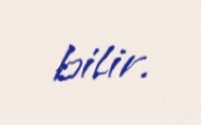
bilir.